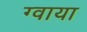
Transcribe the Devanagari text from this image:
ग्वाया